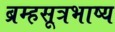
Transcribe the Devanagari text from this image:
ब्रम्हसूत्रभाष्य